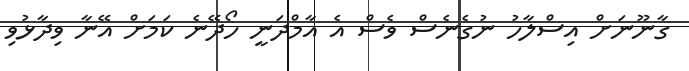
ގާނޫނަށް އިސްލާހު ނުގެނެސް ވެސް އެ އާމްދަނީ ހޯދޭނެ ކަމަށް އޭނާ ވިދާޅުވި